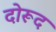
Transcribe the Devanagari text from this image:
दोरूद